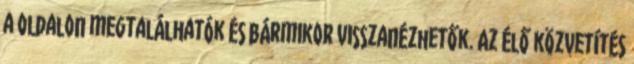
a oldalon megtalálhatók és bármikor visszanézhetők. Az élő közvetítés